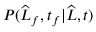
P ( \widehat { L } _ { f } , t _ { f } | \widehat { L } , t )